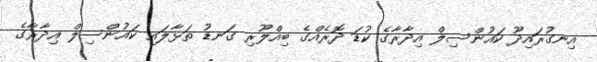
އިނގުރައިދޫ ކައުންސިލް އިދާރާގެ ކުޑަ ދޮރެއްގެ ބިއްލޫރި ގަނޑު ތަޅާލައި ކައުންސިލް އިދާރާގެ